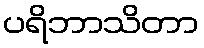
ပရိဘာသိတာ